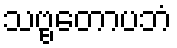
သဗ္ဗတောပဘံ